Annual report of the Central Committee of the Association together with the report of the directors of the Pasteur Institute at Kasauli
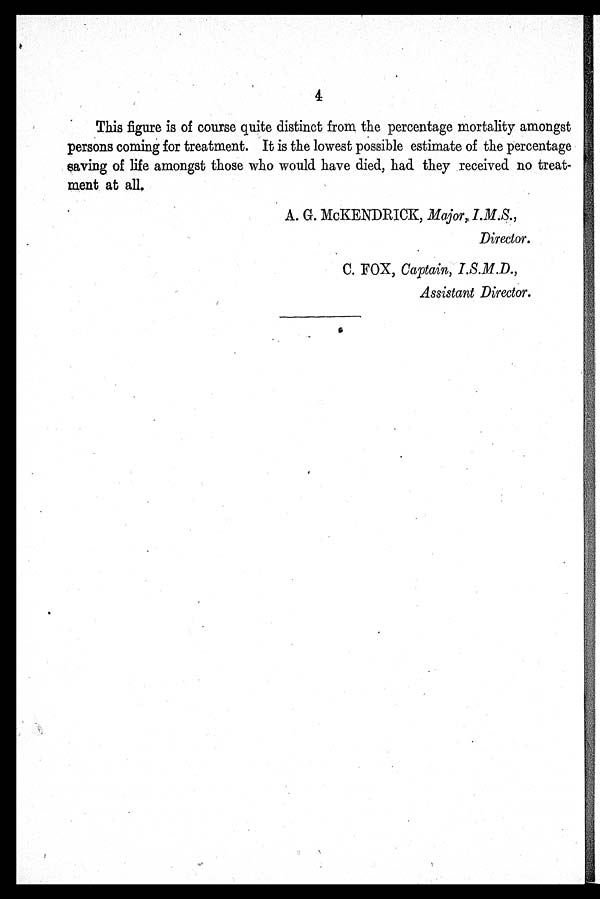
4
This figure is of course quite distinct from the percentage mortality amongst
persons coming for treatment. It is the lowest possible estimate of the percentage
saving of life amongst those who would have died, had they received no treat
-
ment at all.
A. G. McKENDRICK, Major,, I.M.S.,
Director.
C. FOX, Captain, I.S.M.D.,
Assistant Director.